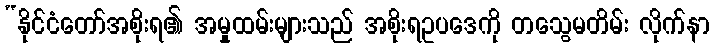
“နိုင်ငံတော်အစိုးရ၏ အမှုထမ်းများသည် အစိုးရဥပဒေကို တသွေမတိမ်း လိုက်နာ